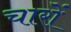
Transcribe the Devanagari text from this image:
चारोंं